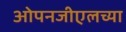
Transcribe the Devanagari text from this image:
ओपनजीएलच्या